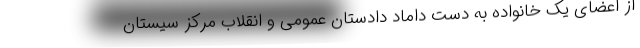
از اعضای یک خانواده به دست داماد دادستان عمومی و انقلاب مرکز سیستان